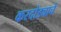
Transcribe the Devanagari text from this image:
करदोड्याचे